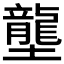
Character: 壟